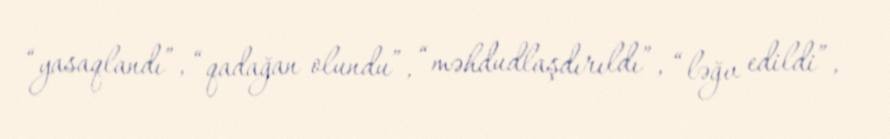
“yasaqlandı”, “qadağan olundu”, “məhdudlaşdırıldı”, “ləğv edildi”,